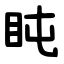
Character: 盹